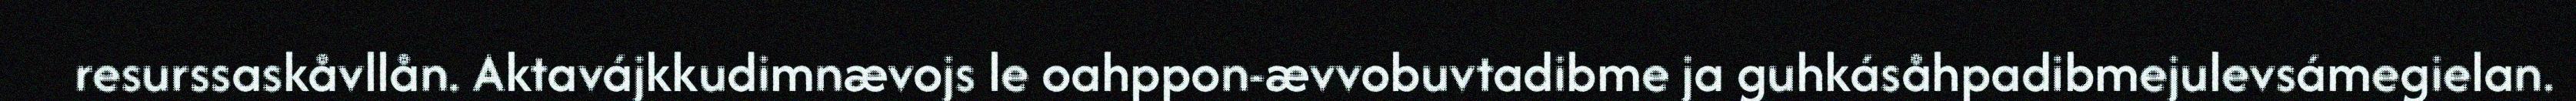
resurssaskåvllån. Aktavájkkudimnævojs le oahppon-ævvobuvtadibme ja guhkásåhpadibmejulevsámegielan.